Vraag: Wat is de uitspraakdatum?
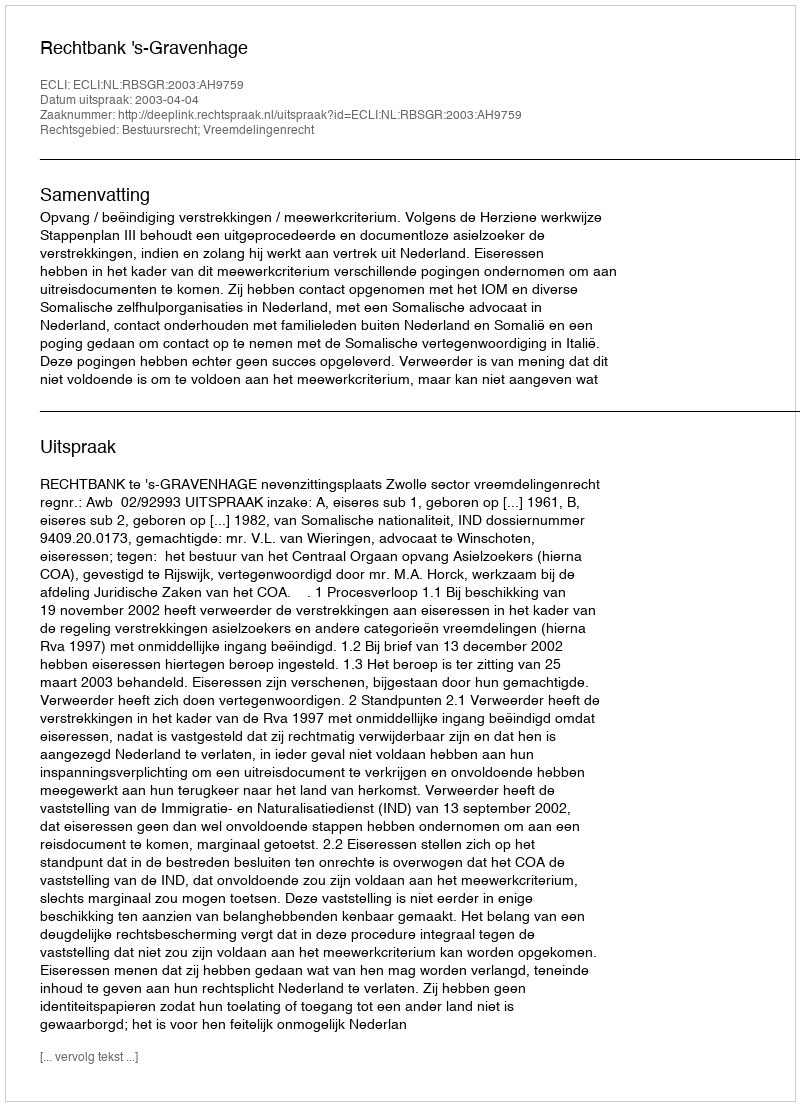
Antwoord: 2003-04-04